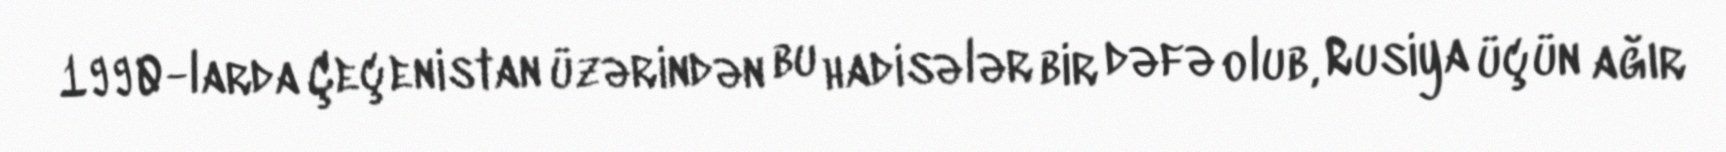
1990-larda Çeçenistan üzərindən bu hadisələr bir dəfə olub, Rusiya üçün ağır